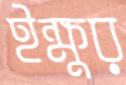
ইক্ষুর